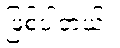
ဖြစ်ပါတယ်။